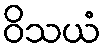
ဝိသယံ